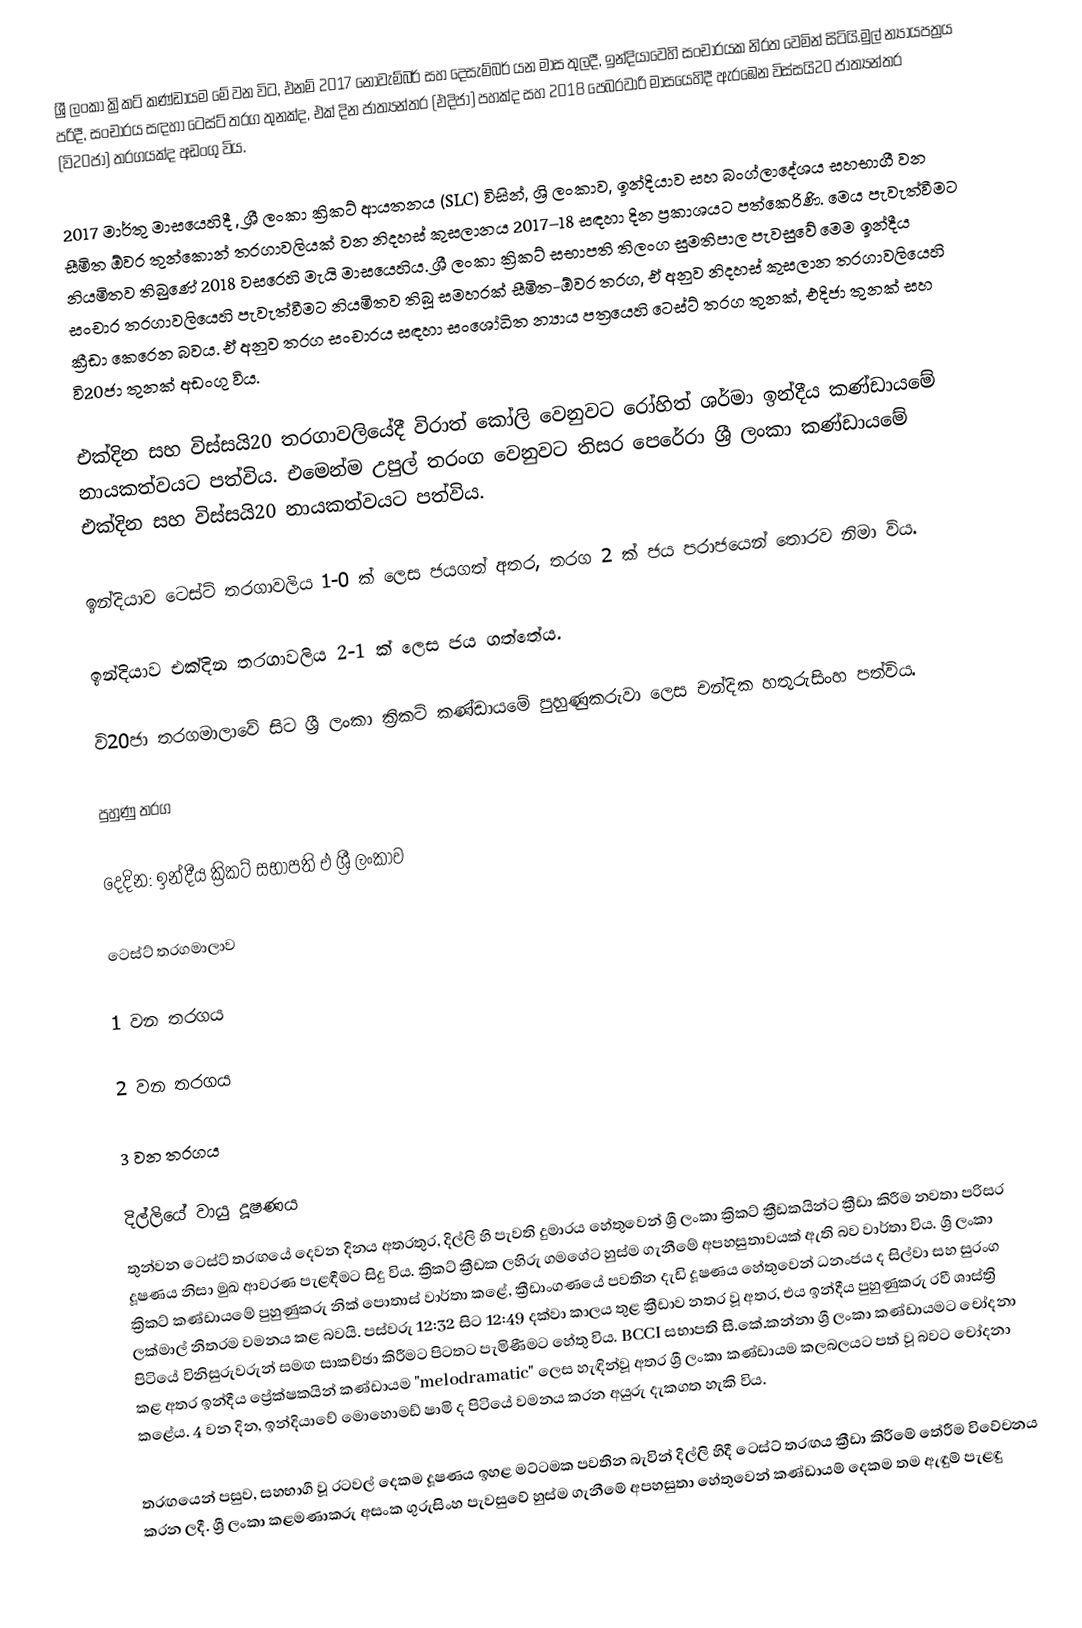
ශ්‍රී ලංකා ක්‍රිකට් කණ්ඩායම මේ වන විට, එනම් 2017 නොවැම්බර් සහ දෙසැම්බර් යන මාස තුලදී, ඉන්දියාවෙහි සංචාරයක නිරත වෙමින් සිටියි.මුල් න්‍යායපත්‍රය පරිදී, සංචාරය සඳහා ටෙස්ට් තරග තුනක්ද, එක් දින ජාත්‍යන්තර (එදිජා) පහක්ද සහ 2018 පෙබරවාරි මාසයෙහිදී ඇරඹෙන විස්සයි20 ජාත්‍යන්තර (වි20ජා) තරගයක්ද අඩංගු විය.

2017 මාර්තු මාසයෙහිදී , ශ්‍රී ලංකා ක්‍රිකට් ආයතනය (SLC) විසින්, ශ්‍රි ලංකාව, ඉන්දියාව සහ බංග්ලාදේශය සහභාගී වන සීමිත ඕවර තුන්කොන් තරගාවලියක් වන  නිදහස් කුසලානය 2017–18 සඳහා දින ප්‍රකාශයට පත්කෙරිණි. මෙය පැවැත්වීමට නියමිතව තිබුණේ  2018 වසරෙහි මැයි මාසයෙහිය. ශ්‍රී ලංකා ක්‍රිකට් සභාපති තිලංග සුමතිපාල පැවසුවේ මෙම ඉන්දීය සංචාර තරගාවලියෙහි පැවැත්වීමට නියමිතව තිබූ සමහරක් සීමිත-ඕවර තරග, ඒ අනුව  නිදහස් කුසලාන තරගාවලියෙහි ක්‍රීඩා කෙරෙන බවය. ඒ අනුව තරග සංචාරය සඳහා සංශෝධිත න්‍යාය පත්‍රයෙහි ටෙස්ට් තරග තුනක්, එදිජා තුනක් සහ වි20ජා තුනක් අඩංගු විය.

එක්දින සහ විස්සයි20 තරගාවලියේදී විරාත් කෝලි වෙනුවට රෝහිත් ශර්මා ඉන්දීය කණ්ඩායමේ නායකත්වයට පත්විය. එමෙන්ම උපුල් තරංග වෙනුවට තිසර පෙරේරා ශ්‍රී ලංකා කණ්ඩායමේ එක්දින සහ විස්සයි20 නායකත්වයට පත්විය.

ඉන්දියාව ටෙස්ට් තරගාවලිය 1-0 ක් ලෙස ජයගත් අතර, තරග 2 ක් ජය පරාජයෙන් තොරව නිමා විය.

ඉන්දියාව එක්දින තරගාවලිය 2-1 ක් ලෙස ජය ගත්තේය.

වි20ජා තරගමාලාවේ සිට ශ්‍රී ලංකා ක්‍රිකට් කණ්ඩායමේ පුහුණුකරුවා ලෙස චන්දික හතුරුසිංහ පත්විය.

පුහුණු තරග

දෙදින: ඉන්දීය ක්‍රිකට් සභාපති එ ශ්‍රී ලංකාව

ටෙස්ට් තරගමාලාව

1 වන තරගය

2 වන තරගය

3 වන තරගය

දිල්ලියේ වායු දූෂණය
තුන්වන ටෙස්ට් තරඟයේ දෙවන දිනය අතරතුර, දිල්ලි හි පැවති දුමාරය හේතුවෙන් ශ්‍රී ලංකා ක්‍රිකට් ක්‍රීඩකයින්ට ක්‍රීඩා කිරීම නවතා පරිසර දූෂණය නිසා මුඛ ආවරණ පැළඳීමට සිදු විය. ක්‍රිකට් ක්‍රීඩක ලහිරු ගමගේට හුස්ම ගැනීමේ අපහසුතාවයක් ඇති බව වාර්තා විය. ශ්‍රී ලංකා ක්‍රිකට් කණ්ඩායමේ පුහුණුකරු නික් පොතාස් වාර්තා කළේ, ක්‍රීඩාංගණයේ පවතින දැඩි දූෂණය හේතුවෙන් ධනංජය ද සිල්වා සහ සුරංග ලක්මාල් නිතරම වමනය කළ බවයි. පස්වරු 12:32 සිට 12:49 දක්වා කාලය තුළ ක්‍රීඩාව නතර වූ අතර, එය ඉන්දීය පුහුණුකරු රවී ශාස්ත්‍රි පිටියේ විනිසුරුවරුන් සමඟ සාකච්ඡා කිරීමට පිටතට පැමිණීමට හේතු විය. BCCI සභාපති සී.කේ.කන්නා ශ්‍රී ලංකා කණ්ඩායමට චෝදනා කළ අතර ඉන්දීය ප්‍රේක්ෂකයින් කණ්ඩායම "melodramatic" ලෙස හැඳින්වූ අතර ශ්‍රී ලංකා කණ්ඩායම කලබලයට පත් වූ බවට චෝදනා කළේය. 4 වන දින, ඉන්දියාවේ මොහොමඩ් ෂාමි ද පිටියේ වමනය කරන අයුරු දැකගත හැකි විය.

තරඟයෙන් පසුව, සහභාගී වූ රටවල් දෙකම දූෂණය ඉහළ මට්ටමක පවතින බැවින් දිල්ලි හිදී ටෙස්ට් තරඟය ක්‍රීඩා කිරීමේ තේරීම විවේචනය කරන ලදී. ශ්‍රී ලංකා කළමණාකරු අසංක ගුරුසිංහ පැවසුවේ හුස්ම ගැනීමේ අපහසුතා හේතුවෙන් කණ්ඩායම් දෙකම තම ඇඳුම් පැළඳු